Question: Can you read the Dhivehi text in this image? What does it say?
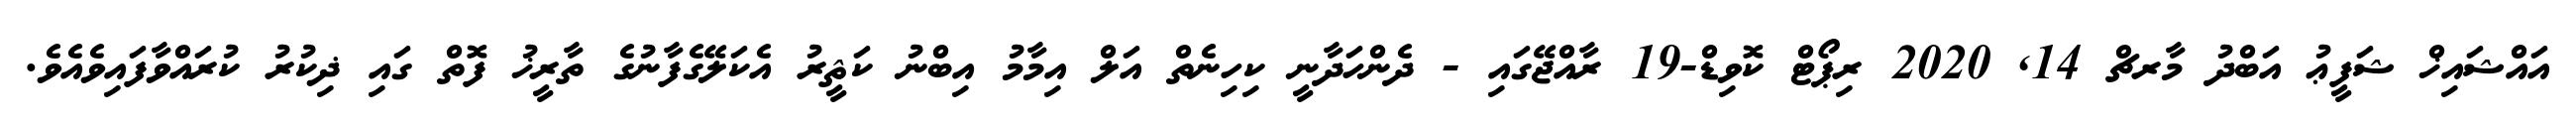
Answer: އައްޝައިޚް ޝަފީޢު އަބްދު މާރޗް 14, 2020 ރިޕޯޓް ކޮވިޑް-19 ރާއްޖޭގައި - ދެންހަދާނީ ކިހިނެތް އަލް އިމާމު އިބްނު ކަޘީރު އެކަލޭގެފާނުގެ ތާރީޚު ފޮތް ގައި ޛިކުރު ކުރައްވާފައިވެއެވެ.